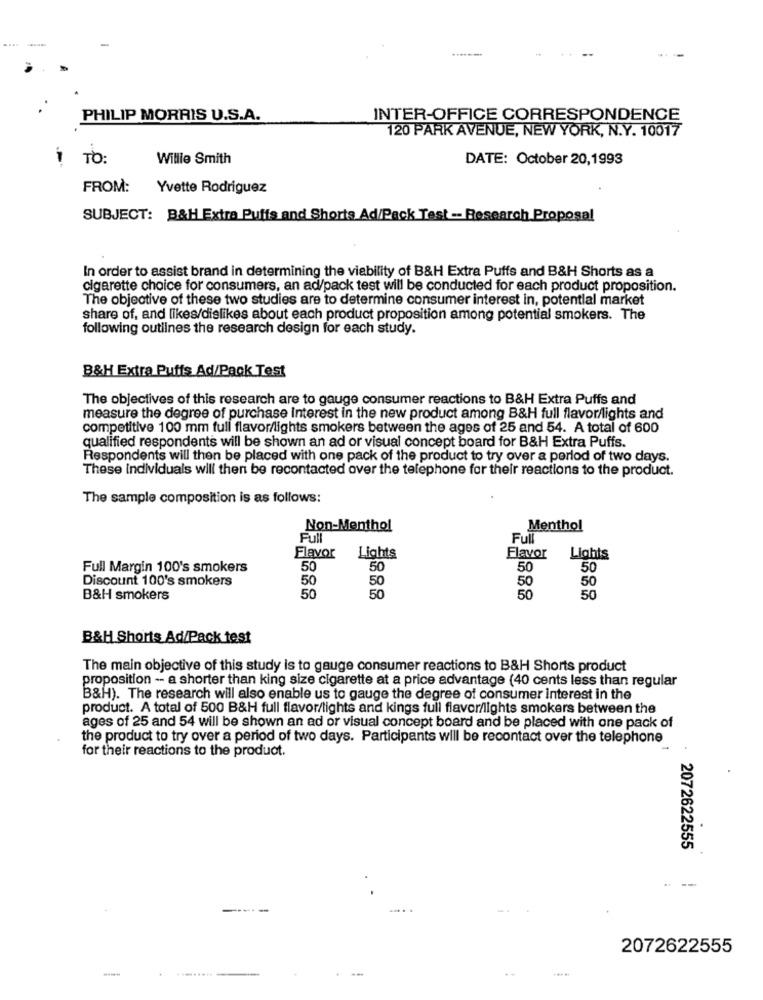
PHILIP MORRIS U.S.A.
INTER-OFFICE CORRESPONDENCE
120 PARK AVENUE, NEW YORK, N.Y. 10017
-
TO:
Willie Smith
DATE: October 20,1993
FROM:
Yvette Rodriguez
SUBJECT: B&H Extra Puffs and Shorts Ad/Pack Test -- Research Proposal
In order to assist brand in determining the viability of B&H Extra Puffs and B&H Shorts as a
cigarette choice for consumers, an ad/pack test will be conducted for each product proposition.
The objective of these two studies are to determine consumer interest in, potential market
share of, and likes/dislikes about each product proposition among potential smokers. The
following outlines the research design for each study.
B&H Extra Puffs Ad/Pack Test
The objectives of this research are to gauge consumer reactions to B&H Extra Puffs and
measure the degree of purchase Interest in the new product among B&H full flavor/lights and
competitive 100 mm full flavor/lights smokers between the ages of 25 and 54. A total of 600
qualified respondents will be shown an ad or visual concept board for B&H Extra Puffs.
Respondents will then be placed with one pack of the product to try over a period of two days.
These individuals will then be recontacted over the telephone for their reactions to the product.
The sample composition is as follows:
Non-Menthol
Menthol
Full
Full
Flavor
Lights
Flavor Lights
Full Margin 100's smokers
50
50
50
50
Discount 100's smokers
50
50
50
50
50
B&H smokers
50
50
50
B&H Shorts Ad/Pack test
The main objective of this study is to gauge consumer reactions to B&H Shorts product
proposition -- a shorter than king size cigarette at a price advantage (40 cents less than regular
B&H). The research will also enable us to gauge the degree of consumer interest in the
product. A total of 500 B&H full flavor/lights and kings full flavor/lights smokers between the
ages of 25 and 54 will be shown an ad or visual concept board and be placed with one pack of
the product to try over a period of two days. Participants will be recontact over the telephone
for their reactions to the product.
.
2072622555
- --
2072622555